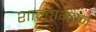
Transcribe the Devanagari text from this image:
शान्ताभवन